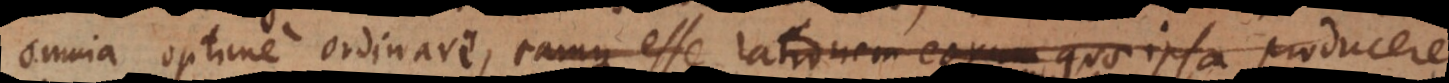
omnia optime ordinare, eamque esse rationem eorum quae ipsa producere